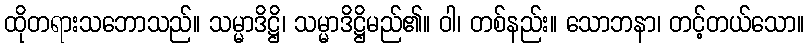
ထိုတရားသဘောသည်။ သမ္မာဒိဋ္ဌိ၊ သမ္မာဒိဋ္ဌိမည်၏။ ဝါ၊ တစ်နည်း။ သောဘနာ၊ တင့်တယ်သော။